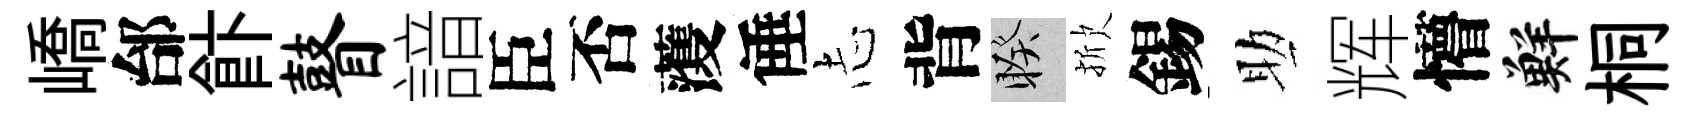
嶠邰飰瞽諳臣否𮑮倕𢖽背睽掀錫助辉懵鮮桐